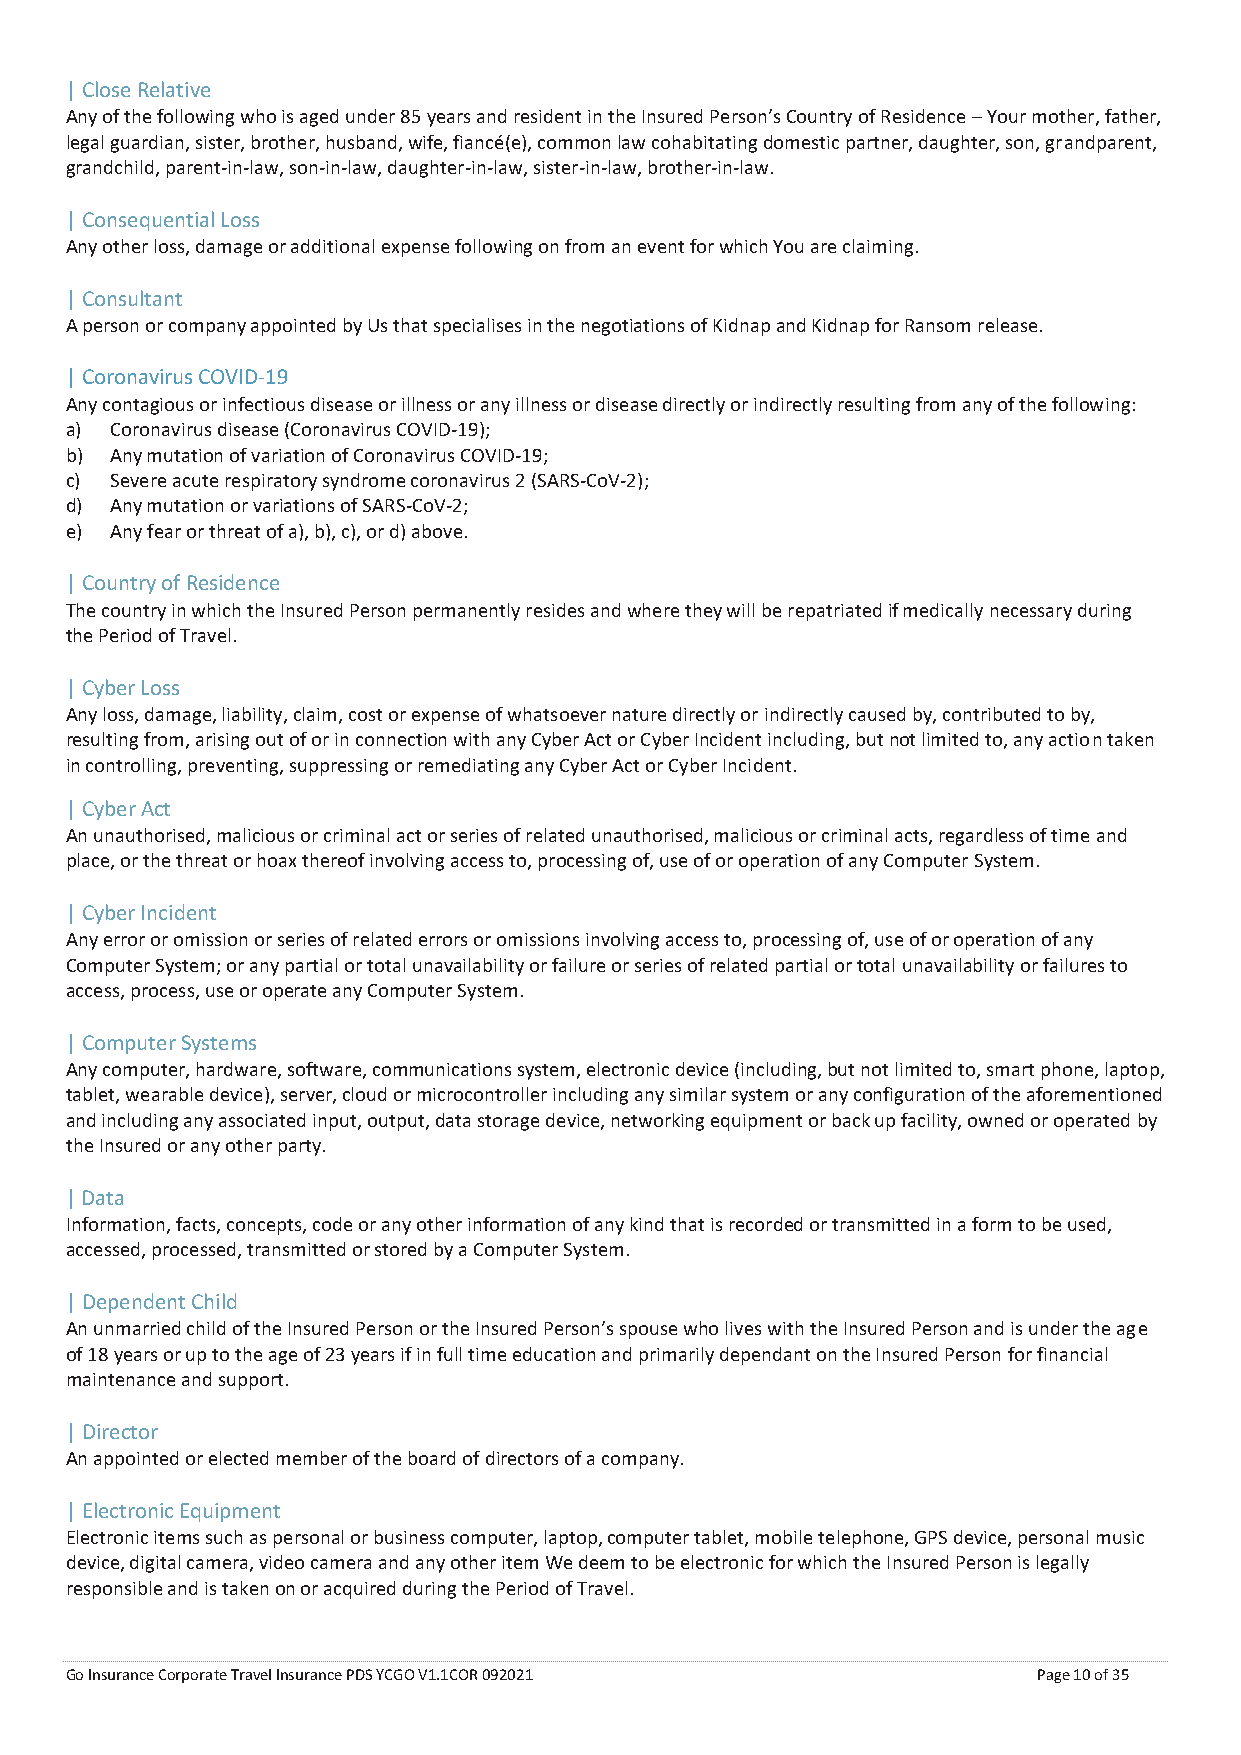
| Close Relative
 Any of the following who is aged under 85 years and resident in the Insured Person’s Country of Residence – Your mother, father,
 legal guardian, sister, brother, husband, wife, fiancé(e), common law cohabitating domestic partner, daughter, son, grandparent,
 grandchild, parent-in-law, son-in-law, daughter-in-law, sister-in-law, brother-in-law.
 | Consequential Loss
 Any other loss, damage or additional expense following on from an event for which You are claiming.
 | Consultant
 A person or company appointed by Us that specialises in the negotiations of Kidnap and Kidnap for Ransom release.
 | Coronavirus COVID-19
 Any contagious or infectious disease or illness or any illness or disease directly or indirectly resulting from any of the following:
 a) Coronavirus disease (Coronavirus COVID-19);
 b) Any mutation of variation of Coronavirus COVID-19;
 c) Severe acute respiratory syndrome coronavirus 2 (SARS-CoV-2);
 d) Any mutation or variations of SARS-CoV-2;
 e) Any fear or threat of a), b), c), or d) above.
 | Country of Residence
 The country in which the Insured Person permanently resides and where they will be repatriated if medically necessary during
 the Period of Travel.
 | Cyber Loss
 Any loss, damage, liability, claim, cost or expense of whatsoever nature directly or indirectly caused by, contributed to by,
 resulting from, arising out of or in connection with any Cyber Act or Cyber Incident including, but not limited to, any action taken
 in controlling, preventing, suppressing or remediating any Cyber Act or Cyber Incident.
 | Cyber Act
 An unauthorised, malicious or criminal act or series of related unauthorised, malicious or criminal acts, regardless of time and
 place, or the threat or hoax thereof involving access to, processing of, use of or operation of any Computer System.
 | Cyber Incident
 Any error or omission or series of related errors or omissions involving access to, processing of, use of or operation of any
 Computer System; or any partial or total unavailability or failure or series of related partial or total unavailability or failures to
 access, process, use or operate any Computer System.
 | Computer Systems
 Any computer, hardware, software, communications system, electronic device (including, but not limited to, smart phone, laptop,
 tablet, wearable device), server, cloud or microcontroller including any similar system or any configuration of the aforementioned
 and including any associated input, output, data storage device, networking equipment or back up facility, owned or operated by
 the Insured or any other party.
 | Data
 Information, facts, concepts, code or any other information of any kind that is recorded or transmitted in a form to be used,
 accessed, processed, transmitted or stored by a Computer System.
 | Dependent Child
 An unmarried child of the Insured Person or the Insured Person’s spouse who lives with the Insured Person and is under the age
 of 18 years or up to the age of 23 years if in full time education and primarily dependant on the Insured Person for financial
 maintenance and support.
 | Director
 An appointed or elected member of the board of directors of a company.
 | Electronic Equipment
 Electronic items such as personal or business computer, laptop, computer tablet, mobile telephone, GPS device, personal music
 device, digital camera, video camera and any other item We deem to be electronic for which the Insured Person is legally
 responsible and is taken on or acquired during the Period of Travel.
 Go Insurance Corporate Travel Insurance PDS YCGO V1.1COR 092021  Page 10 of 35